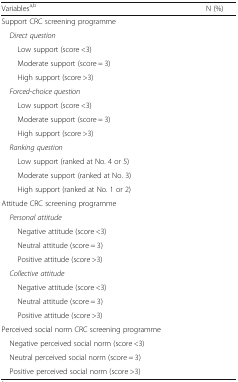
<table><thead><tr><td><b>Variables<sup>a,b</sup></b></td><td><b>N (%)</b></td></tr></thead><tbody><tr><td colspan="2">Support CRC screening programme</td></tr><tr><td colspan="2"> <i>Direct question</i></td></tr><tr><td>Low support (score &lt;3)</td><td>[EMPTY_CELL]</td></tr><tr><td>Moderate support (score = 3)</td><td>[EMPTY_CELL]</td></tr><tr><td>High support (score &gt;3)</td><td>[EMPTY_CELL]</td></tr><tr><td colspan="2"> <i>Forced-choice question</i></td></tr><tr><td>Low support (score &lt;3)</td><td>[EMPTY_CELL]</td></tr><tr><td>Moderate support (score = 3)</td><td>[EMPTY_CELL]</td></tr><tr><td>High support (score &gt;3)</td><td>[EMPTY_CELL]</td></tr><tr><td colspan="2"> <i>Ranking question</i></td></tr><tr><td>Low support (ranked at No. 4 or 5)</td><td>[EMPTY_CELL]</td></tr><tr><td>Moderate support (ranked at No. 3)</td><td>[EMPTY_CELL]</td></tr><tr><td>High support (ranked at No. 1 or 2)</td><td>[EMPTY_CELL]</td></tr><tr><td colspan="2">Attitude CRC screening programme</td></tr><tr><td colspan="2"> <i>Personal attitude</i></td></tr><tr><td>Negative attitude (score &lt;3)</td><td>[EMPTY_CELL]</td></tr><tr><td>Neutral attitude (score = 3)</td><td>[EMPTY_CELL]</td></tr><tr><td>Positive attitude (score &gt;3)</td><td>[EMPTY_CELL]</td></tr><tr><td colspan="2"> <i>Collective attitude</i></td></tr><tr><td>Negative attitude (score &lt;3)</td><td>[EMPTY_CELL]</td></tr><tr><td>Neutral attitude (score = 3)</td><td>[EMPTY_CELL]</td></tr><tr><td>Positive attitude (score &gt;3)</td><td>[EMPTY_CELL]</td></tr><tr><td colspan="2">Perceived social norm CRC screening programme</td></tr><tr><td> Negative perceived social norm (score &lt;3)</td><td>[EMPTY_CELL]</td></tr><tr><td> Neutral perceived social norm (score = 3)</td><td>[EMPTY_CELL]</td></tr><tr><td> Positive perceived social norm (score &gt;3)</td><td>[EMPTY_CELL]</td></tr></tbody></table>